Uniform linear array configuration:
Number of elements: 4
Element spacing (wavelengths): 1
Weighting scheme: cosine
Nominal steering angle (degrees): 30
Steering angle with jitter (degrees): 28.342
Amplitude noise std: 0.05
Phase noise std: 0.05

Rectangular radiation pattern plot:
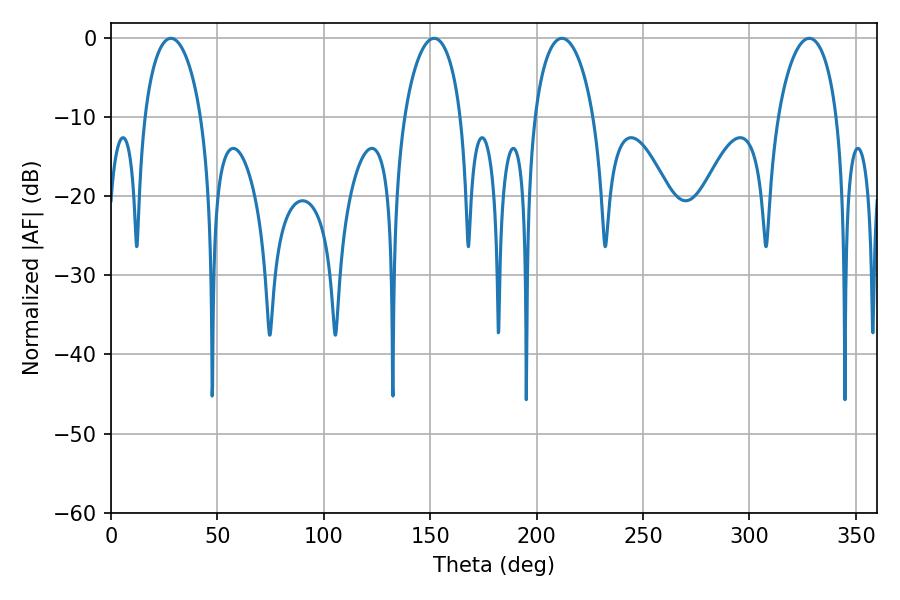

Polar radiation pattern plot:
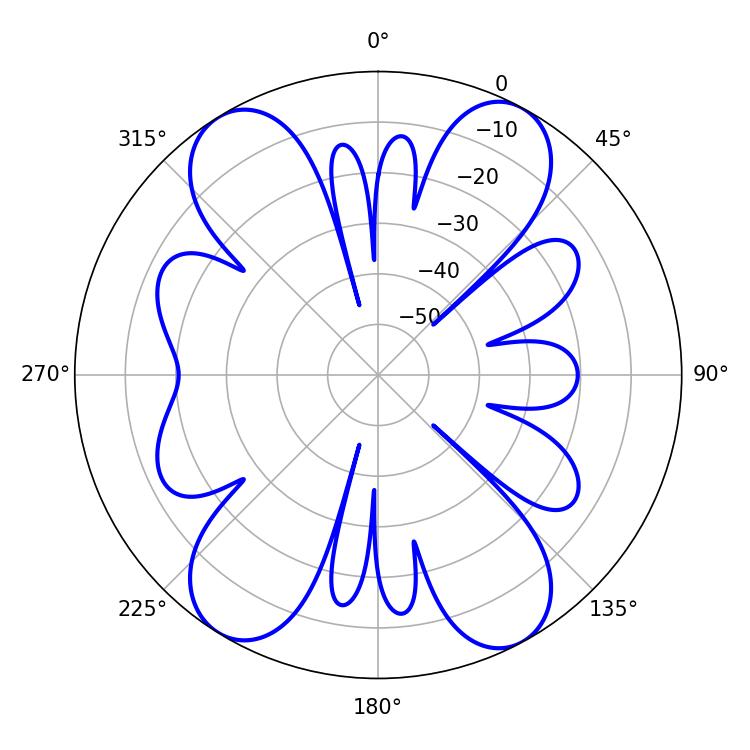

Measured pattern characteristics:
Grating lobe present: TRUE
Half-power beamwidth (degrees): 15.84
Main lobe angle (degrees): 211.86